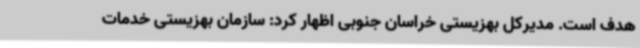
هدف است. مدیرکل بهزیستی خراسان جنوبی اظهار کرد: سازمان بهزیستی خدمات